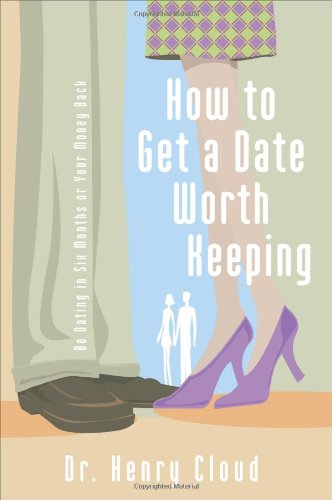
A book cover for How To Get A Date Worth Keeping: Be Dating In Six Months Or Your Money Back; Henry Cloud; Christian Books & Bibles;